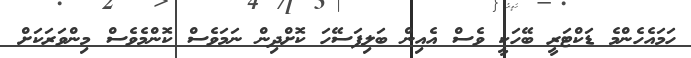
ހަމައެހެންމެ ޑަކްޓަރީ ބޭހަކީ ވެސް އެއިން ބަލިފަސޭހަ ކޮށްދިން ނަމަވެސް ކޮންމެވެސް މިންވަރަކަށް